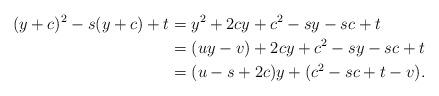
LaTeX: \begin{align*} (y+c)^2 - s(y+c) + t &= y^2 + 2cy + c^2 - sy - sc + t\\ &= (uy-v) + 2cy + c^2 - sy - sc + t\\ &= (u-s+2c)y + (c^2 - sc + t-v). \end{align*}